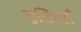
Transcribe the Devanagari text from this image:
भुक्तियाँ